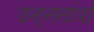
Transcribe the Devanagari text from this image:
उन्‍नतांश